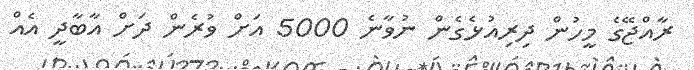
ރާއްޖޭގެ މީހުން ދިރިއުޅެގެން ނުވާނެ 5000 އަށް ވުރެން ދަށް އާބާދީ އެއް